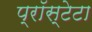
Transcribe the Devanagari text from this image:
प्रॉस्टेटा